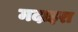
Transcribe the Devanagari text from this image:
मदाइरा